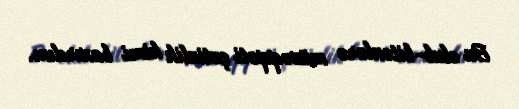
Bu olub-bitənlərə müvəqqəti çətinlik kimi baxırdım.